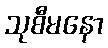
သုစီမနော